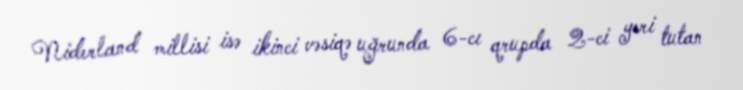
Niderland millisi isə ikinci vəsiqə uğrunda 6-cı qrupda 2-ci yeri tutan